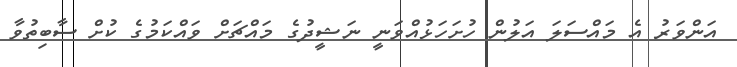
އަންވަރު އެ މައްސަލަ އަލުން ހުށަހަޅުއްވަނީ ނަޝީދުގެ މައްޗަށް ވައްކަމުގެ ކުށް ސާބިތުވާ